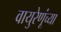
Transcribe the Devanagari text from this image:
वायुरेणूंच्या